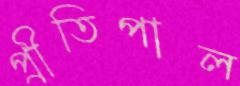
প্রীতিপাল